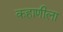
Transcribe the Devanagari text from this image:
कहाणीला